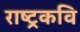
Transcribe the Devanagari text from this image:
राष्‍ट्रकवि